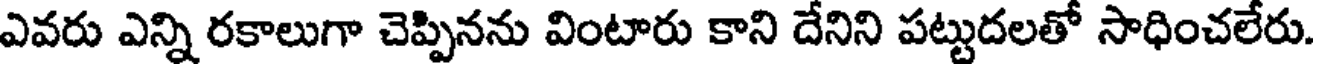
ఎవరు ఎన్ని రకాలుగా చెప్పినను వింటారు కాని దేనిని పట్టుదలతో సాధించలేరు.